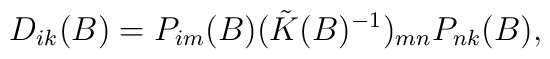
D_{ik}(B)=P_{im}(B)(\tilde{K} (B)^{-1})_{mn}P_{nk} (B),